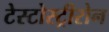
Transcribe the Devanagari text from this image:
टेस्टोस्ट्रीरोन